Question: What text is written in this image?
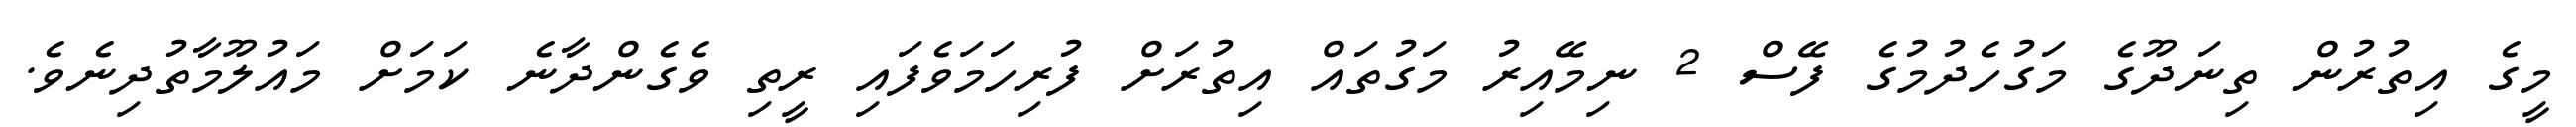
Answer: މީގެ އިތުރުން ތިނަދޫގެ މަގުހެދުމުގެ ފޭސް 2 ނިމޭއިރު މަގުތައް އިތުރަށް ފުރިހަމަވެފައި ރީތި ވެގެންދާނެ ކަމަށް މައުލޫމާތުދިނެވެ.